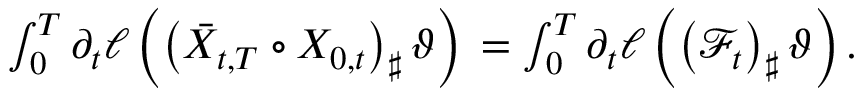
\begin{array} { r } { \int _ { 0 } ^ { T } \partial _ { t } \ell \left( \left( \bar { X } _ { t , T } \circ X _ { 0 , t } \right) _ { \sharp } \vartheta \right) \d t = \int _ { 0 } ^ { T } \partial _ { t } \ell \left( \left( \mathcal F _ { t } \right) _ { \sharp } \vartheta \right) \d t . } \end{array}